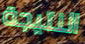
النتيجة